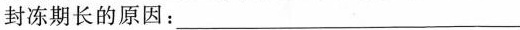
封冻期长的原因：___